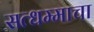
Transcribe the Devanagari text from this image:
सत्धम्माचा